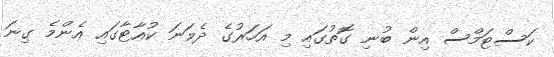
ކަސްޓަމްސް އިން ބުނި ގޮތުގައި މި އަހަރުގެ ދެވަނަ ކުއާޓާގައި އެންމެ ގިނަ